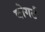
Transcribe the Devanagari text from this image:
बोगर्ट